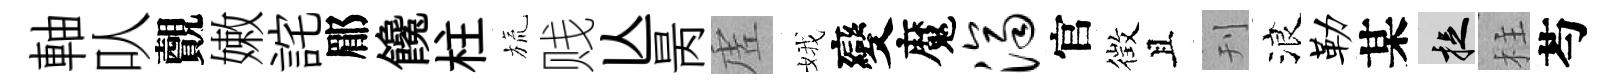
軸㕥覿嫩詫郿饞柱旒贱亾昺虗娥變魔济官徴且刊浪勒某捉柱芍